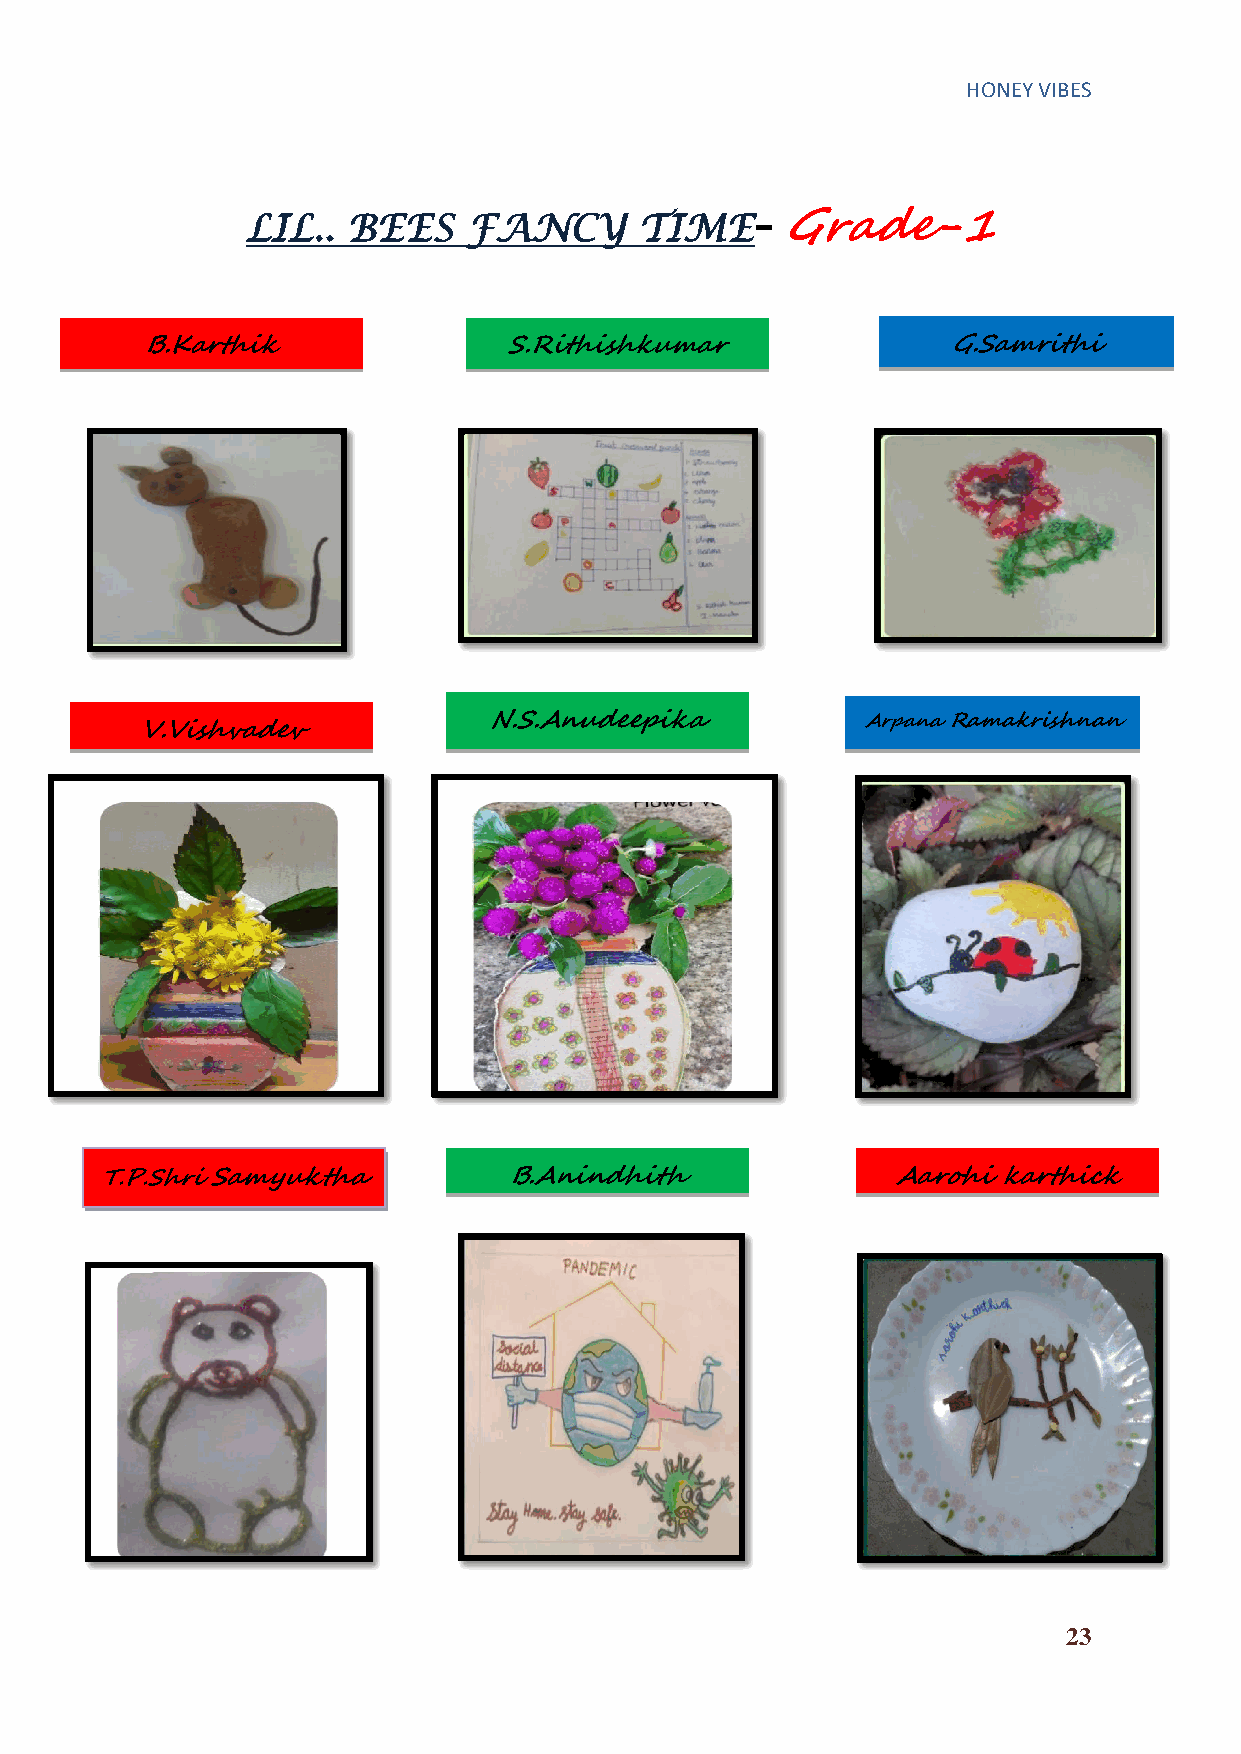
HONEY VIBES
 – Grade-1
 LIL..  BEES    FANCY      TIME
 B.Karthik                S.Rithishkumar               G.Samrithi
 N.S.Anudeepika           Arpana Ramakrishnan
 V.Vishvadev
 T.P.Shri Samyuktha         B.Anindhith              Aarohi karthick
 23